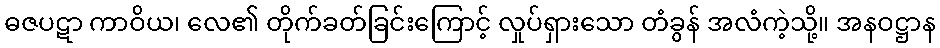
ဓဇပဋာ ကာဝိယ၊ လေ၏ တိုက်ခတ်ခြင်းကြောင့် လှုပ်ရှားသော တံခွန် အလံကဲ့သို့။ အနဝဋ္ဌာန